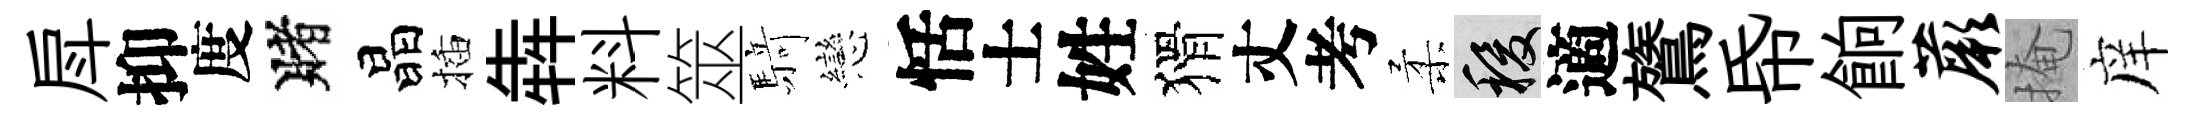
戽抑度賭晶插犇料筮𮪍戀恬士姓猾丈考柔稷適鷟帋餉蕨掩庠